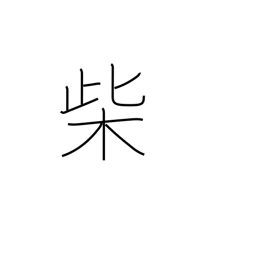
Meaning: firewood